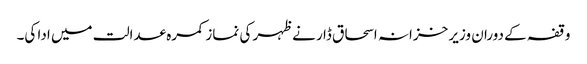
وقفہ کے دوران وزیر خزانہ اسحاق ڈا ر نے ظہر کی نماز کمرہ عدالت میں ادا کی۔